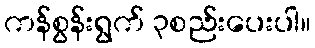
ကန်စွန်းရွက် ၃စည်းပေးပါ။